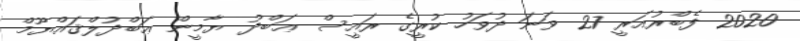
2020 ފެބްރުއަރީ 27 ވަނަ ދުވަހު ކުރީގެ ރައީސް ޢަބްދު ޔާމީން ޢަބްދުލްޤައްޔޫމް